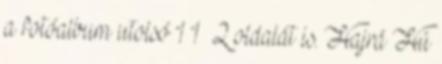
a fotóalbum utolsó 1 1 2 oldalát is. Hajrá Hú